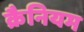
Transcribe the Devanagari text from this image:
क्रैनियम